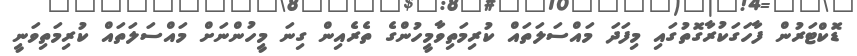
ޑޮކްޓަރުން ފާހަގަކުރާގޮތުގައި މިފަދަ މައްސަލަތައް ކުރިމަތިވާމީހުންގެ ތެރެއިން ގިނަ މީހުންނަށް މައްސަލަތައް ކުރިމަތިވަނީ